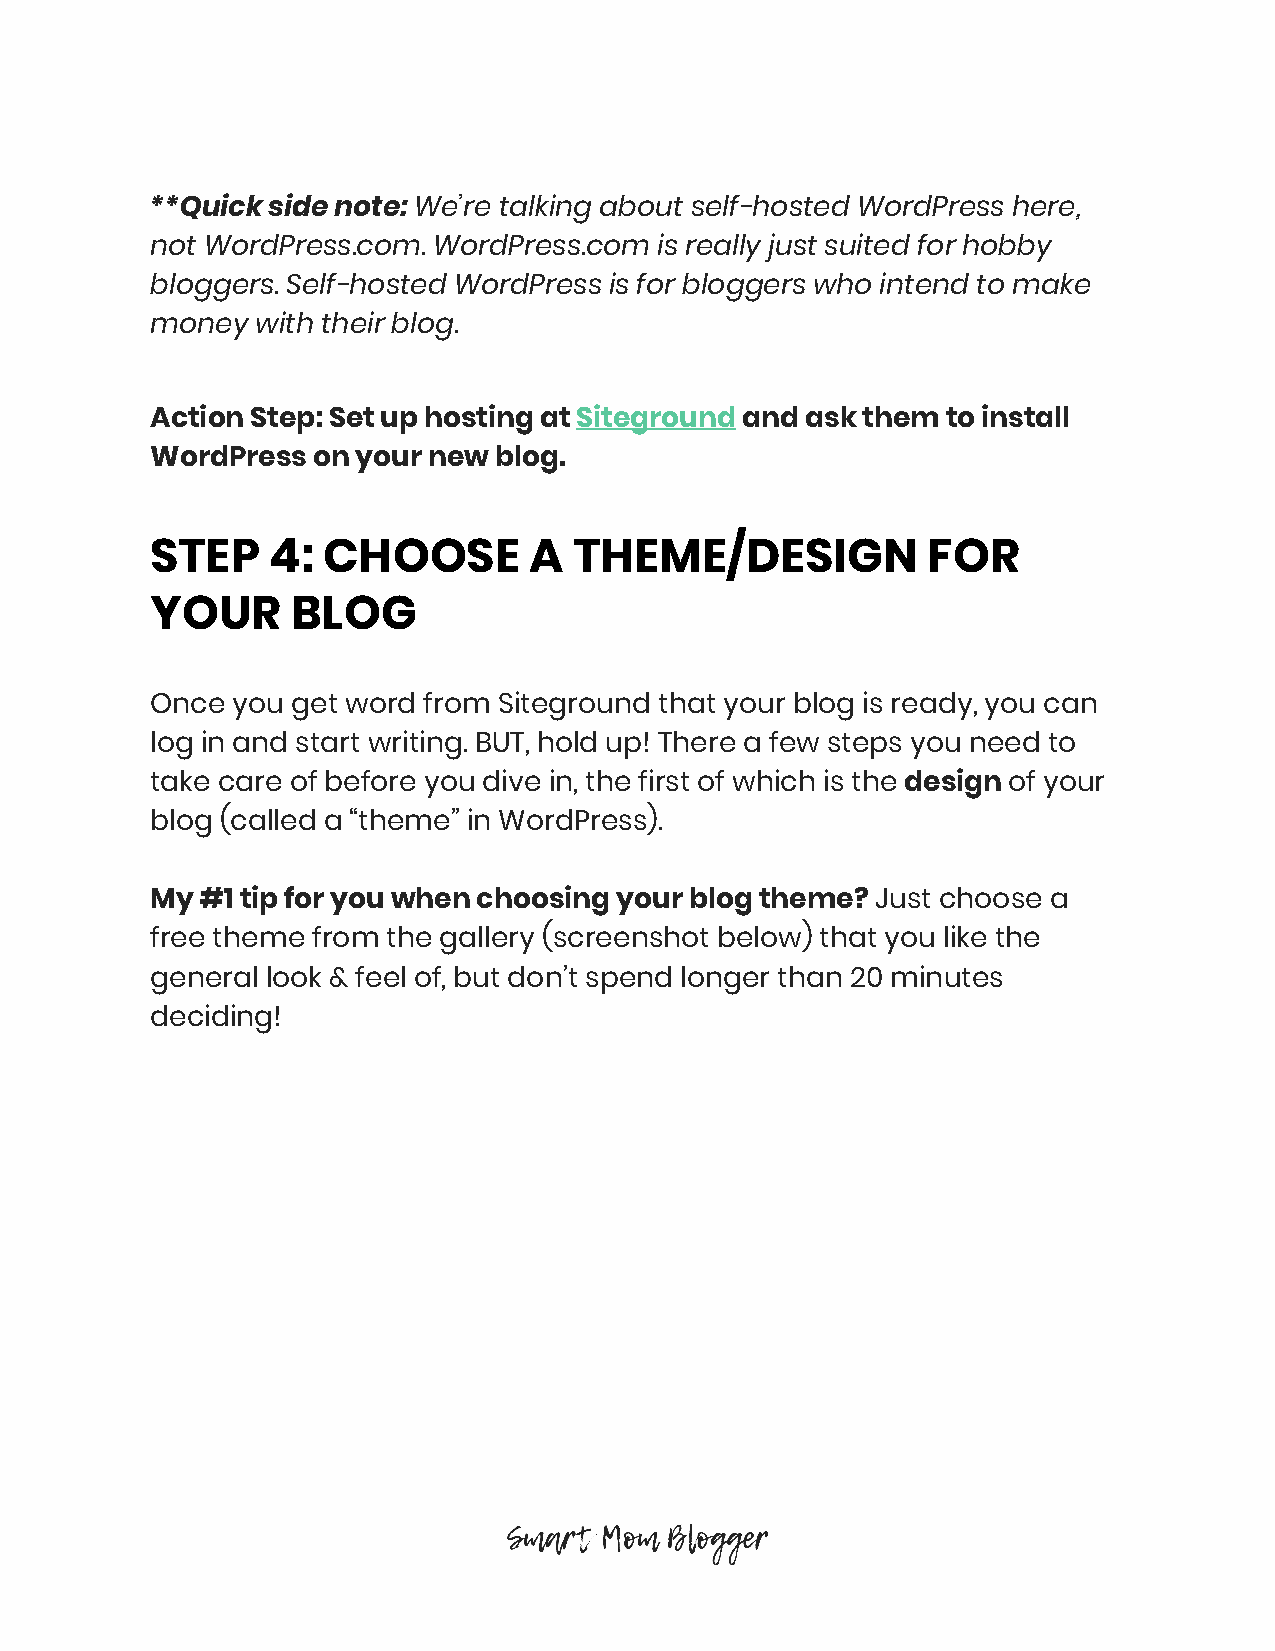
**Quick side note: We’re talking about self-hosted WordPress here,
 ​
 not WordPress.com. WordPress.com  is really just suited for hobby
 bloggers. Self-hosted WordPress is for bloggers who intend to make
 money  with their blog.
 Action Step: Set up hosting at Siteground and ask them to install
 ​          ​
 WordPress  on your new blog.
 STEP    4: CHOOSE        A  THEME/DESIGN           FOR
 YOUR     BLOG
 Once you get word from Siteground that your blog is ready, you can
 log in and start writing. BUT, hold up! There a few steps you need to
 take care of before you dive in, the first of which is the design of your
 ​      ​
 blog (called a “theme” in WordPress).
 My #1 tip for you when choosing your blog theme? Just choose a
 ​
 free theme from the gallery (screenshot below) that you like the
 general look & feel of, but don’t spend longer than 20 minutes
 deciding!